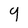
Character: 9